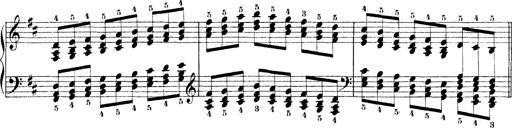
Title: Technische Studien
Composer: Franz Liszt